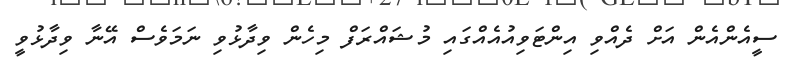
ސީއެންއެން އަށް ދެއްވި އިންޓަވިއުއެއްގައި މުޝައްރަފް މިހެން ވިދާޅުވި ނަމަވެސް އޭނާ ވިދާޅުވީ